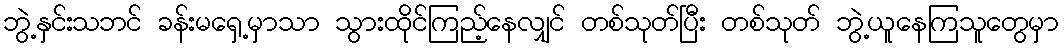
ဘွဲ့နှင်းသဘင် ခန်းမရှေ့မှာသာ သွားထိုင်ကြည့်နေလျှင် တစ်သုတ်ပြီး တစ်သုတ် ဘွဲ့ယူနေကြသူတွေမှာ